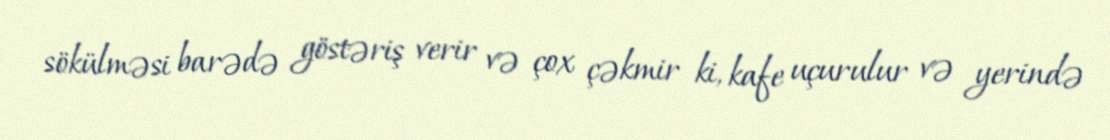
sökülməsi barədə göstəriş verir və çox çəkmir ki, kafe uçurulur və yerində